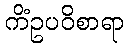
ကိံဥပဝိစာရာ